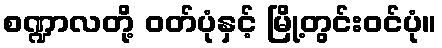
စဏ္ဍာလတို့ ဝတ်ပုံနှင့် မြို့တွင်းဝင်ပုံ။